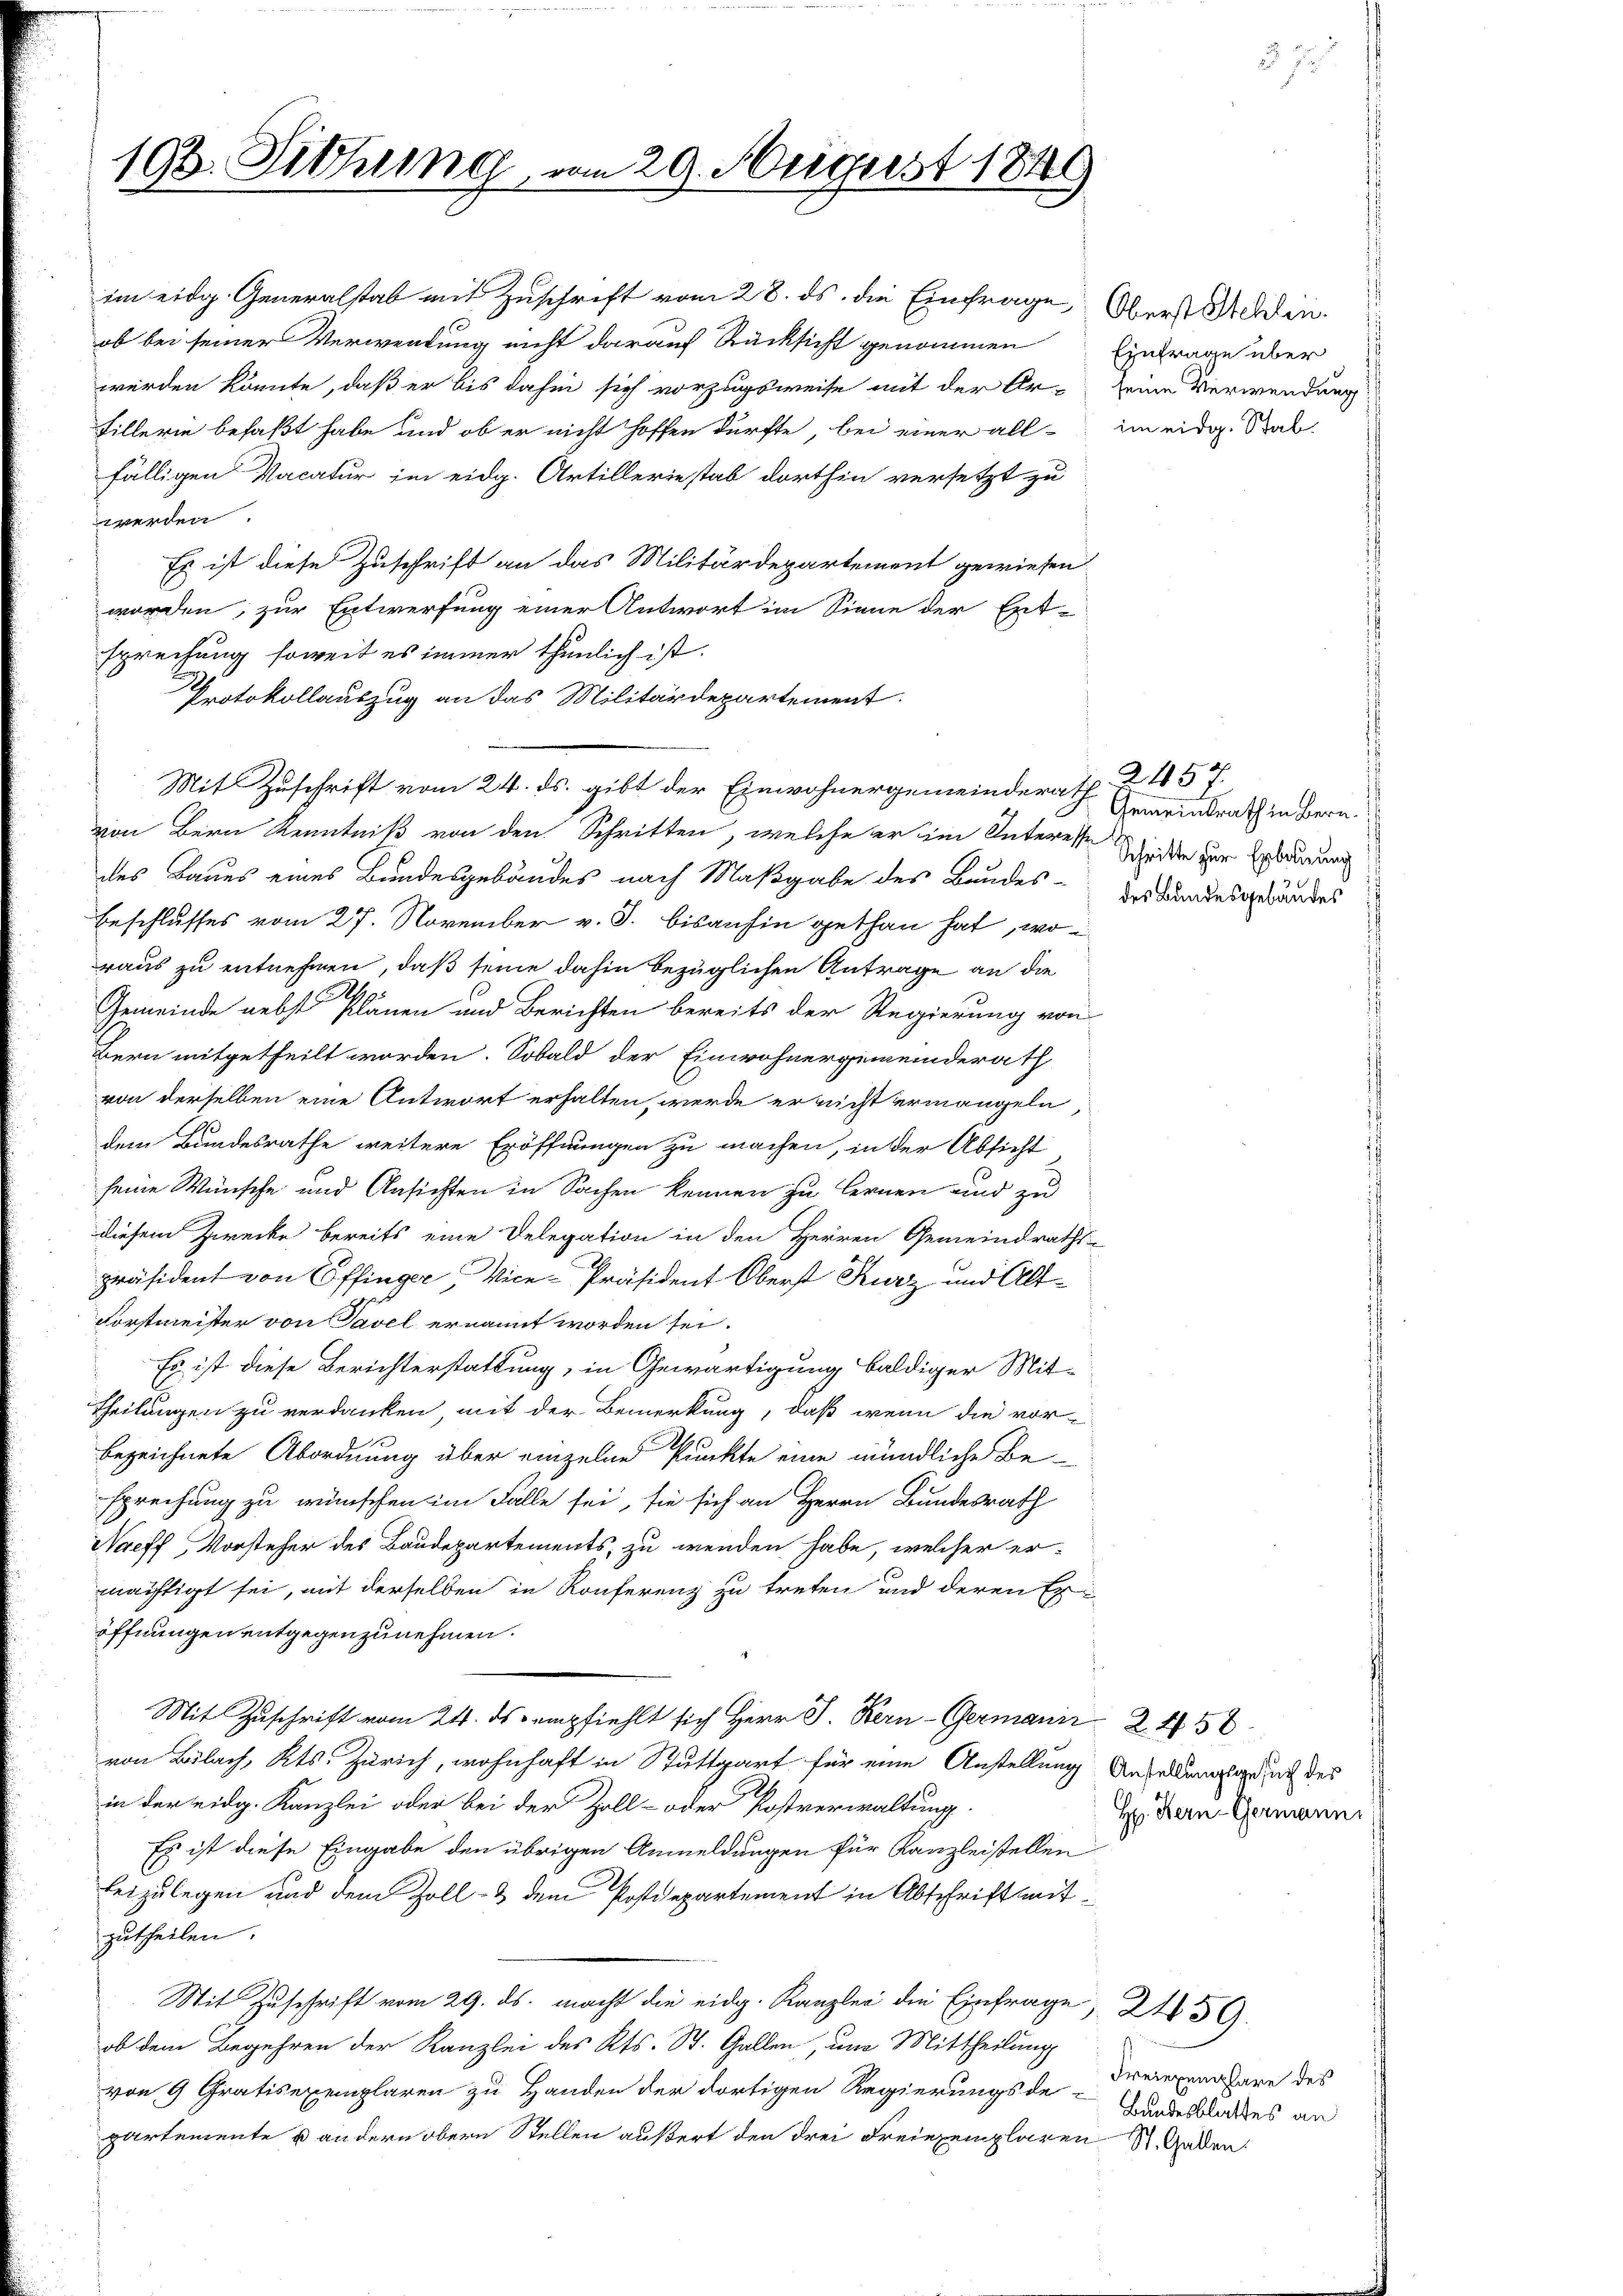
193. Sitzung,

ob bei seiner Verwendung nicht darauf Rücksicht genommen
werden könnte, daß er bis dahin sich vorzugsweise mit der Ar-
Billerie befaßt habe und ob er nicht hoffen dürfte, bei einer all im eidg. Stat
fälligen Vacatur im eidg. Artilleriestab dorthin versetzt zu
werden.
Es ist diese Zuschrift an das Militärdepartement gewiesen
worden, zur Entwerfung einer Antwort im Sinne der Ent-
sprechung soweit es immer thunlich ist.
Protokollauszug an das Militärdepartement.
von Bern Kenntniß von den Schritten, welche er im Interesse Scheiden zur Erdaurung
des Baues eines Bundesgebäudes nach Maßgabe des Bundes-Erkundesgebäudes
Beschlusses vom 27. November v. J. bisanhin gethan hat, woraus zu entnehmen, daß seine dahin bezüglichen Antrage an die
A
Gemeinde nebst Planen und Berichten bereits der Regierung von
Bern mitgetheilt worden. Sobald der Einwohnergemeinderath
von derselben eine Antwort erhalten, werde er nicht ermangeln
dem Bundesrathe weitere Eröffnungen zu machen, in der Absicht
seine Wünsche und Ansichten in Sachen kennen zu lernen und zu
diesem Zwecke bereits eine Delegation in den Herren Gemeindraths-
präsident von Offinger Vice-Präsident Oberst Kurz und Alt¬
Forstmeister von Savel ernannt worden sei.
Es ist diese Berichterstattung, in Gewärtigung baldiger Mit-
Theilungen zu verdanken mit der Bemerkung, daß wenn die vor-
bezeichnete Abordnung über einzelne Punkte eine mündliche Besprechung zu wünschen im Falle sei, sie sich an Herrn Bundesrath
Voeff Vorsteher des Baudepartements, zu wenden habe, welcher er-
mächtigt sei, mit derselben in Konferenz zu treten und deren Eröffnungen entgegenzunehmen.
Mit Zuschrift vom 24. ds empfiehlt sich Herr J. Kern-Germann 248
von Bülach, Kts. Zürich, wohnhaft in Stuttgart für eine Anstellung Andelung durch des
in der eidg. Kanzlei oder bei der Zoll- oder Postverwaltung.
Es ist diese Eingabe den übrigen Anmeldungen für Kanzleistellen
beizulegen und dem Zoll- & dem Postdepartement in Abschriftmitzutheilen.
Mit Zuschrift vom 29. ds. macht die eidg. Kanzlei die Einfrage
ob dem Begehren der Kanzlei des Kts. St. Gallen, um Mittheilung
von 9 Gratisexemplaren zu Handen der dortigen Regierungsde-Gandesstates an
partemente u andern obern Stellen äußert den drei Freiexemplaren St. Gaden.

im eidg. Generalstab mit Zuschrift vom 28. ds. die Einfrage Obers Werden.

Mit Zuschrift vom 24. ds. gibt der Einwohnergemeinderath. 2. 457.

29. August 1849

Einfrage über
seine Verwendung

Gemeindrath in Bern.

H. Kern-Germanni

Freieremplare des

2459.